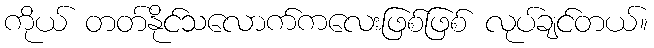
ကိုယ် တတ်နိုင်သလောက်ကလေးဖြစ်ဖြစ် လုပ်ချင်တယ်။